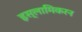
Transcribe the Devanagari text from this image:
इस्लामिकरन